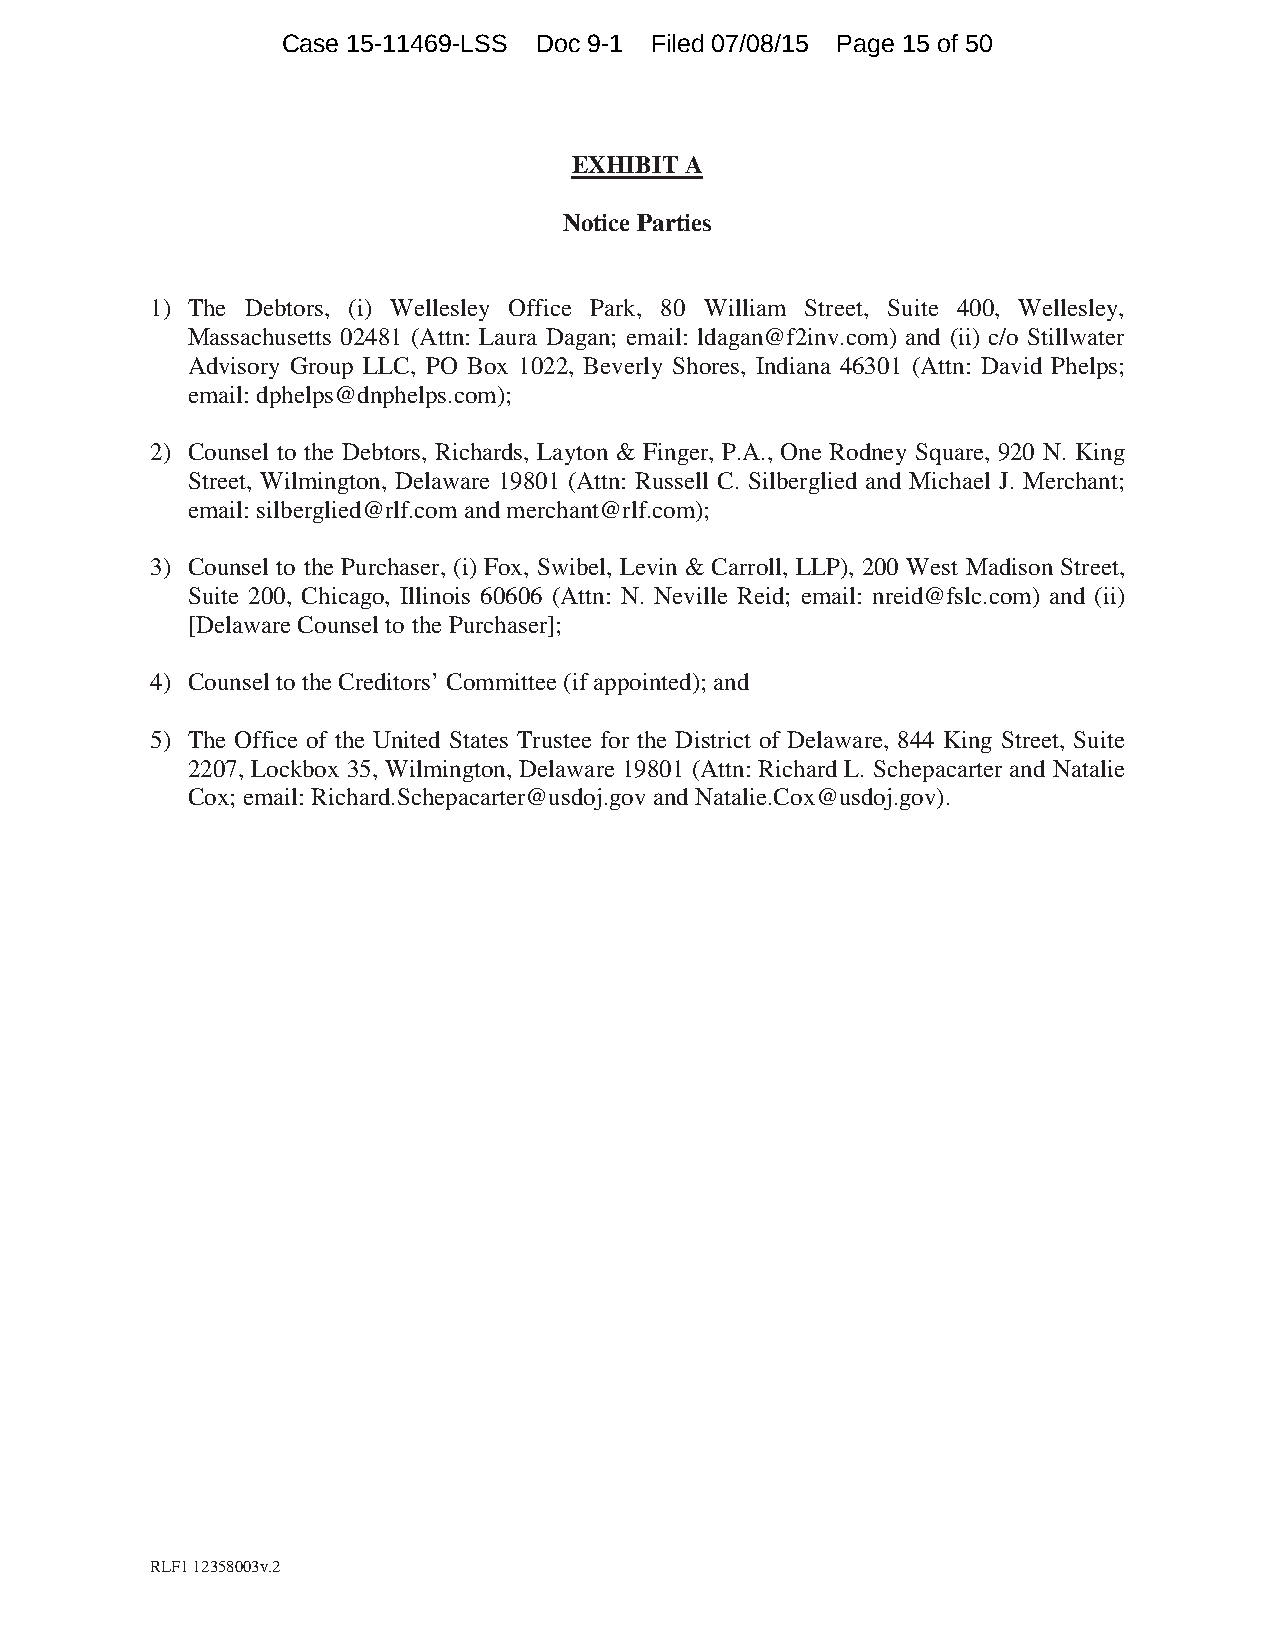
Case 15-11469-LSS Doc 9-1 Filed 07/08/15 Page 15 of 50
 EXHIBIT A
 Notice Parties
 1) The Debtors, (i) Wellesley Office Park, 80 William Street, Suite 400, Wellesley,
 Massachusetts 02481 (Attn: Laura Dagan; email: ldagan@f2inv.com) and (ii) c/o Stillwater
 Advisory Group LLC, PO Box 1022, Beverly Shores, Indiana 46301 (Attn: David Phelps;
 email: dphelps@dnphelps.com);
 2) Counsel to the Debtors, Richards, Layton & Finger, P.A., One Rodney Square, 920 N. King
 Street, Wilmington, Delaware 19801 (Attn: Russell C. Silberglied and Michael J. Merchant;
 email: silberglied@rlf.com and merchant@rlf.com);
 3) Counsel to the Purchaser, (i) Fox, Swibel, Levin & Carroll, LLP), 200 West Madison Street,
 Suite 200, Chicago, Illinois 60606 (Attn: N. Neville Reid; email: nreid@fslc.com) and (ii)
 [Delaware Counsel to the Purchaser];
 4) Counsel to the Creditors’ Committee (if appointed); and
 5) The Office of the United States Trustee for the District of Delaware, 844 King Street, Suite
 2207, Lockbox 35, Wilmington, Delaware 19801 (Attn: Richard L. Schepacarter and Natalie
 Cox; email: Richard.Schepacarter@usdoj.gov and Natalie.Cox@usdoj.gov).
 RLF1 12358003v.2